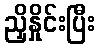
ညှိနှိုင်းပြီး